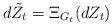
LaTeX: \begin{align*}d\tilde{Z_t}=\Xi_{G_t}(dZ_t)\end{align*}